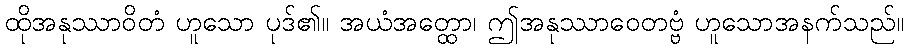
ထိုအနုဿာဝိတံ ဟူသော ပုဒ်၏။ အယံအတ္ထော၊ ဤအနုဿာဝေတဗ္ဗံ ဟူသောအနက်သည်။